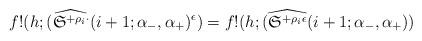
LaTeX: \begin{align*}f!(h;(\widehat{\frak S^{+ \rho_i \cdot}} (i+1;\alpha_-,\alpha_+)^{\epsilon})=f!(h;(\widehat{\frak S^{+ \rho_i \epsilon}} (i+1;\alpha_-,\alpha_+))\end{align*}